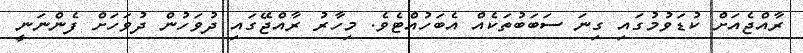
ރާއްޖެއަށް ކުޑަވުމުގައި ގިނަ ސަބަބުތަކެއް އެބަހުއްޓެވެ. މިހާރު ރާއްޖޭގައި ދުވަހުން ދުވަހަށް ފެންނަނީ